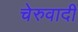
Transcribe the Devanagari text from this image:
चेरुवादी